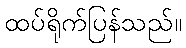
ထပ်ရိုက်ပြန်သည်။